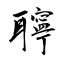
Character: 聹